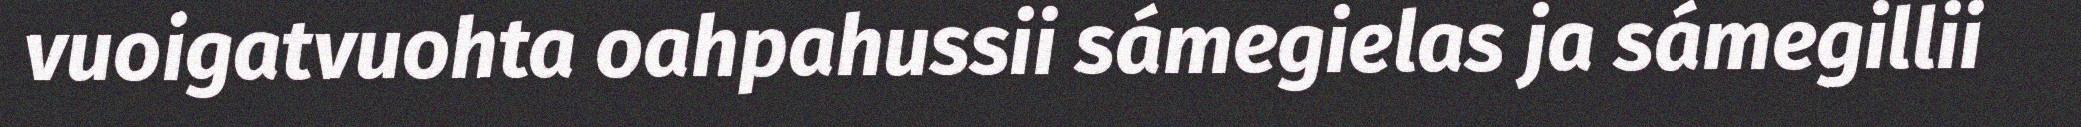
vuoigatvuohta oahpahussii sámegielas ja sámegillii